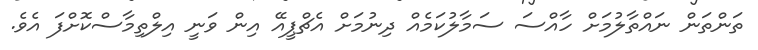
ތަންތަން ނައްތާލުމަށް ހާއްސަ ސަމާލުކަމެއް ދިނުމަށް އެޗްޕީއޭ އިން ވަނީ އިލްތިމާސްކޮށްފަ އެވެ.